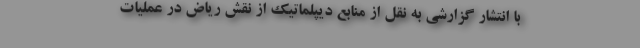
با انتشار گزارشی به نقل از منابع دیپلماتیک از نقش ریاض در عملیات